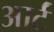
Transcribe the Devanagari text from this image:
आर्टं